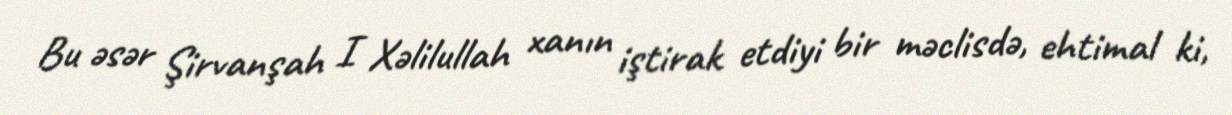
Bu əsər Şirvanşah I Xəlilullah xanın iştirak etdiyi bir məclisdə, ehtimal ki,